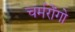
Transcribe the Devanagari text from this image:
चर्मरोंगो